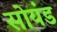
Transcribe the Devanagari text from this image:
सोयंड